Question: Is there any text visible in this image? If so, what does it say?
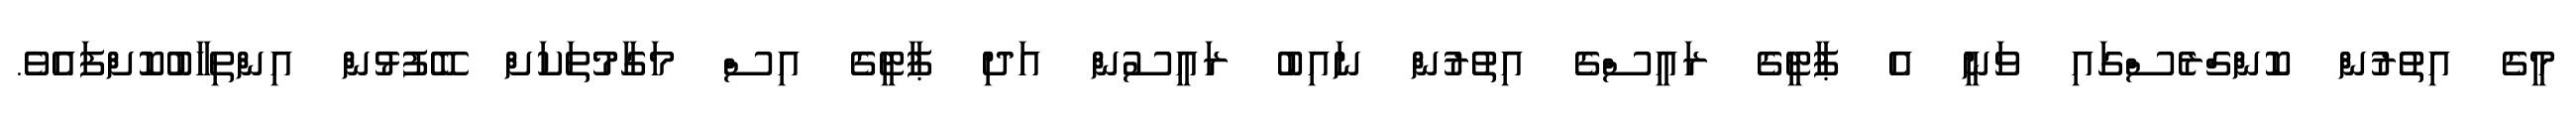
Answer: މީގެ އިތުރުން ކޮންގްރެސްގައި ވަނީ އެ ޕާޓީގެ ރައީސްގެ އިތުރުން ނައިބު ރައީސުން އަދި ޕާޓީގެ އިސް މަގާމުތަކަށް ބޭފުޅުން އިންތިހާބުކޮށްފައެވެ.